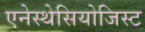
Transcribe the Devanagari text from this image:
एनेस्थेसियोजिस्ट